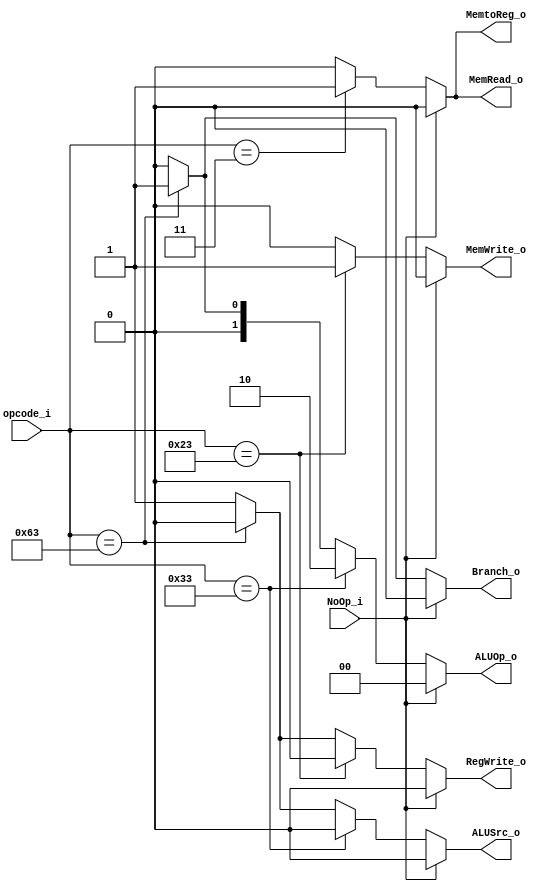
`define  SW 7'b0100011
`define  BEQ 7'b1100011
`define  Rtype 7'b0110011
`define  LW 7'b0000011

module Control(
    NoOp_i,
    opcode_i, 
    ALUOp_o, 
    ALUSrc_o,
    RegWrite_o, 
    MemtoReg_o, 
    MemRead_o, 
    MemWrite_o, 
    Branch_o
);

input [6:0] opcode_i;
input NoOp_i;
output [1:0] ALUOp_o;
output ALUSrc_o;
output RegWrite_o;
output MemtoReg_o;
output MemRead_o;
output MemWrite_o;
output Branch_o;

// Define the different type of instructions
assign RegWrite_o = NoOp_i ? 0 : 
                    (opcode_i == `SW) ? 0 : //
                    (opcode_i == `BEQ) ? 0 : 1;


assign ALUSrc_o = NoOp_i ? 0 : 
                  (opcode_i == `Rtype) ? 0 :
                  (opcode_i == `BEQ) ? 0 : 1;


assign ALUOp_o = NoOp_i ? 2'b00 : 
                 (opcode_i == `Rtype) ? 2'b10 : 
                 (opcode_i == `BEQ) ? 2'b01 : 2'b00;


assign MemtoReg_o = NoOp_i ? 0 : 
                    (opcode_i == `LW) ? 1 : 0;


assign MemRead_o = NoOp_i ? 0 : 
                    (opcode_i == `LW) ? 1 : 0;

assign MemWrite_o = NoOp_i ? 0 : 
                    (opcode_i == `SW) ? 1 : 0;

assign Branch_o = NoOp_i ? 0 : 
                  (opcode_i == `BEQ) ? 1 : 0;

endmodule